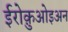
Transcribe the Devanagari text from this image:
ईरोक़ुओइअन